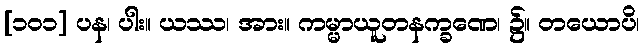
[၁၀၁] ပန၊ ပါး။ ယဿ၊ အား။ ကမ္မာယူတနက္ခဏေ၊ ၌။ တယောပိ၊